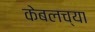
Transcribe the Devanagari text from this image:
केबलच्या